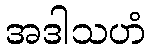
အဒါသဟံ